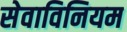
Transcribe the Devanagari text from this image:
सेवाविनियम